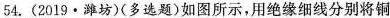
54.（2019·潍坊）（多选题）如图所示，用绝缘细线分别将铜